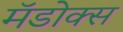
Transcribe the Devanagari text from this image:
मॅडोक्स